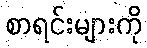
စာရင်းများကို